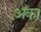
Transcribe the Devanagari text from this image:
अँका